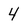
Character: 4